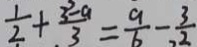
\frac { 1 } { 2 } + \frac { 3 - a } { 3 } = \frac { 9 } { 6 } - \frac { 3 } { 2 }